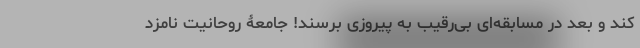
کند و بعد در مسابقه‌ای بی‌رقیب به پیروزی برسند! جامعۀ روحانیت نامزد